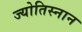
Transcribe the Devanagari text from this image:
ज्योतिस्नान